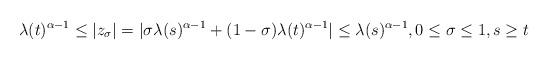
LaTeX: \begin{align*} \lambda(t)^{\alpha -1} \leq|z_{\sigma}|= |\sigma \lambda(s)^{\alpha -1}+(1-\sigma)\lambda(t)^{\alpha-1}| \leq \lambda(s)^{\alpha -1}, 0 \leq \sigma \leq 1, s \geq t\end{align*}